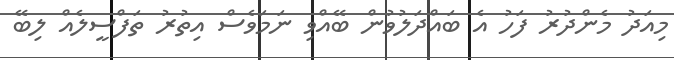
މިއަދު މެންދުރު ފަހު އެ ބައްދަލުވުން ބޭއްވި ނަމަވެސް އިތުރު ތަފްސީލެއް ލިބޭ